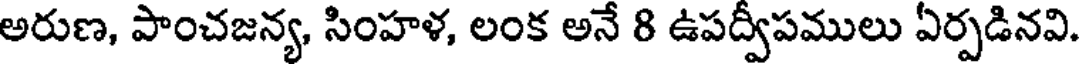
అరుణ, పాంచజన్య, సింహళ, లంక అనే 8 ఉపద్వపములు ఏర్పడినవి.